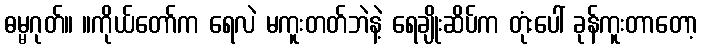
ဓမ္မဂုတ်။ ။ကိုယ်တော်က ရေလဲ မကူးတတ်ဘဲနဲ့ ရေချိုးဆိပ်က တုံးပေါ် ခုန်ကူးတာတော့